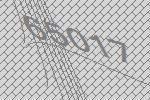
65017